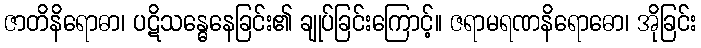
ဇာတိနိရောဓာ၊ ပဋိသန္ဓေနေခြင်း၏ ချုပ်ခြင်းကြောင့်။ ဇရာမရဏနိရောဓော၊ အိုခြင်း